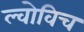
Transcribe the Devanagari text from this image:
ल्वोविच